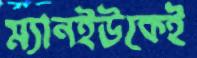
ম্যানইউকেই